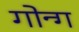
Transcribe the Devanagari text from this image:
गोन्ग